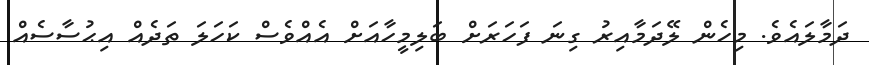
ދަމާލައެވެ. މިހެން ލޭދަމާއިރު ގިނަ ފަހަރަށް ބަލިމީހާއަށް އެއްވެސް ކަހަލަ ތަދެއް އިޙުސާސެއް